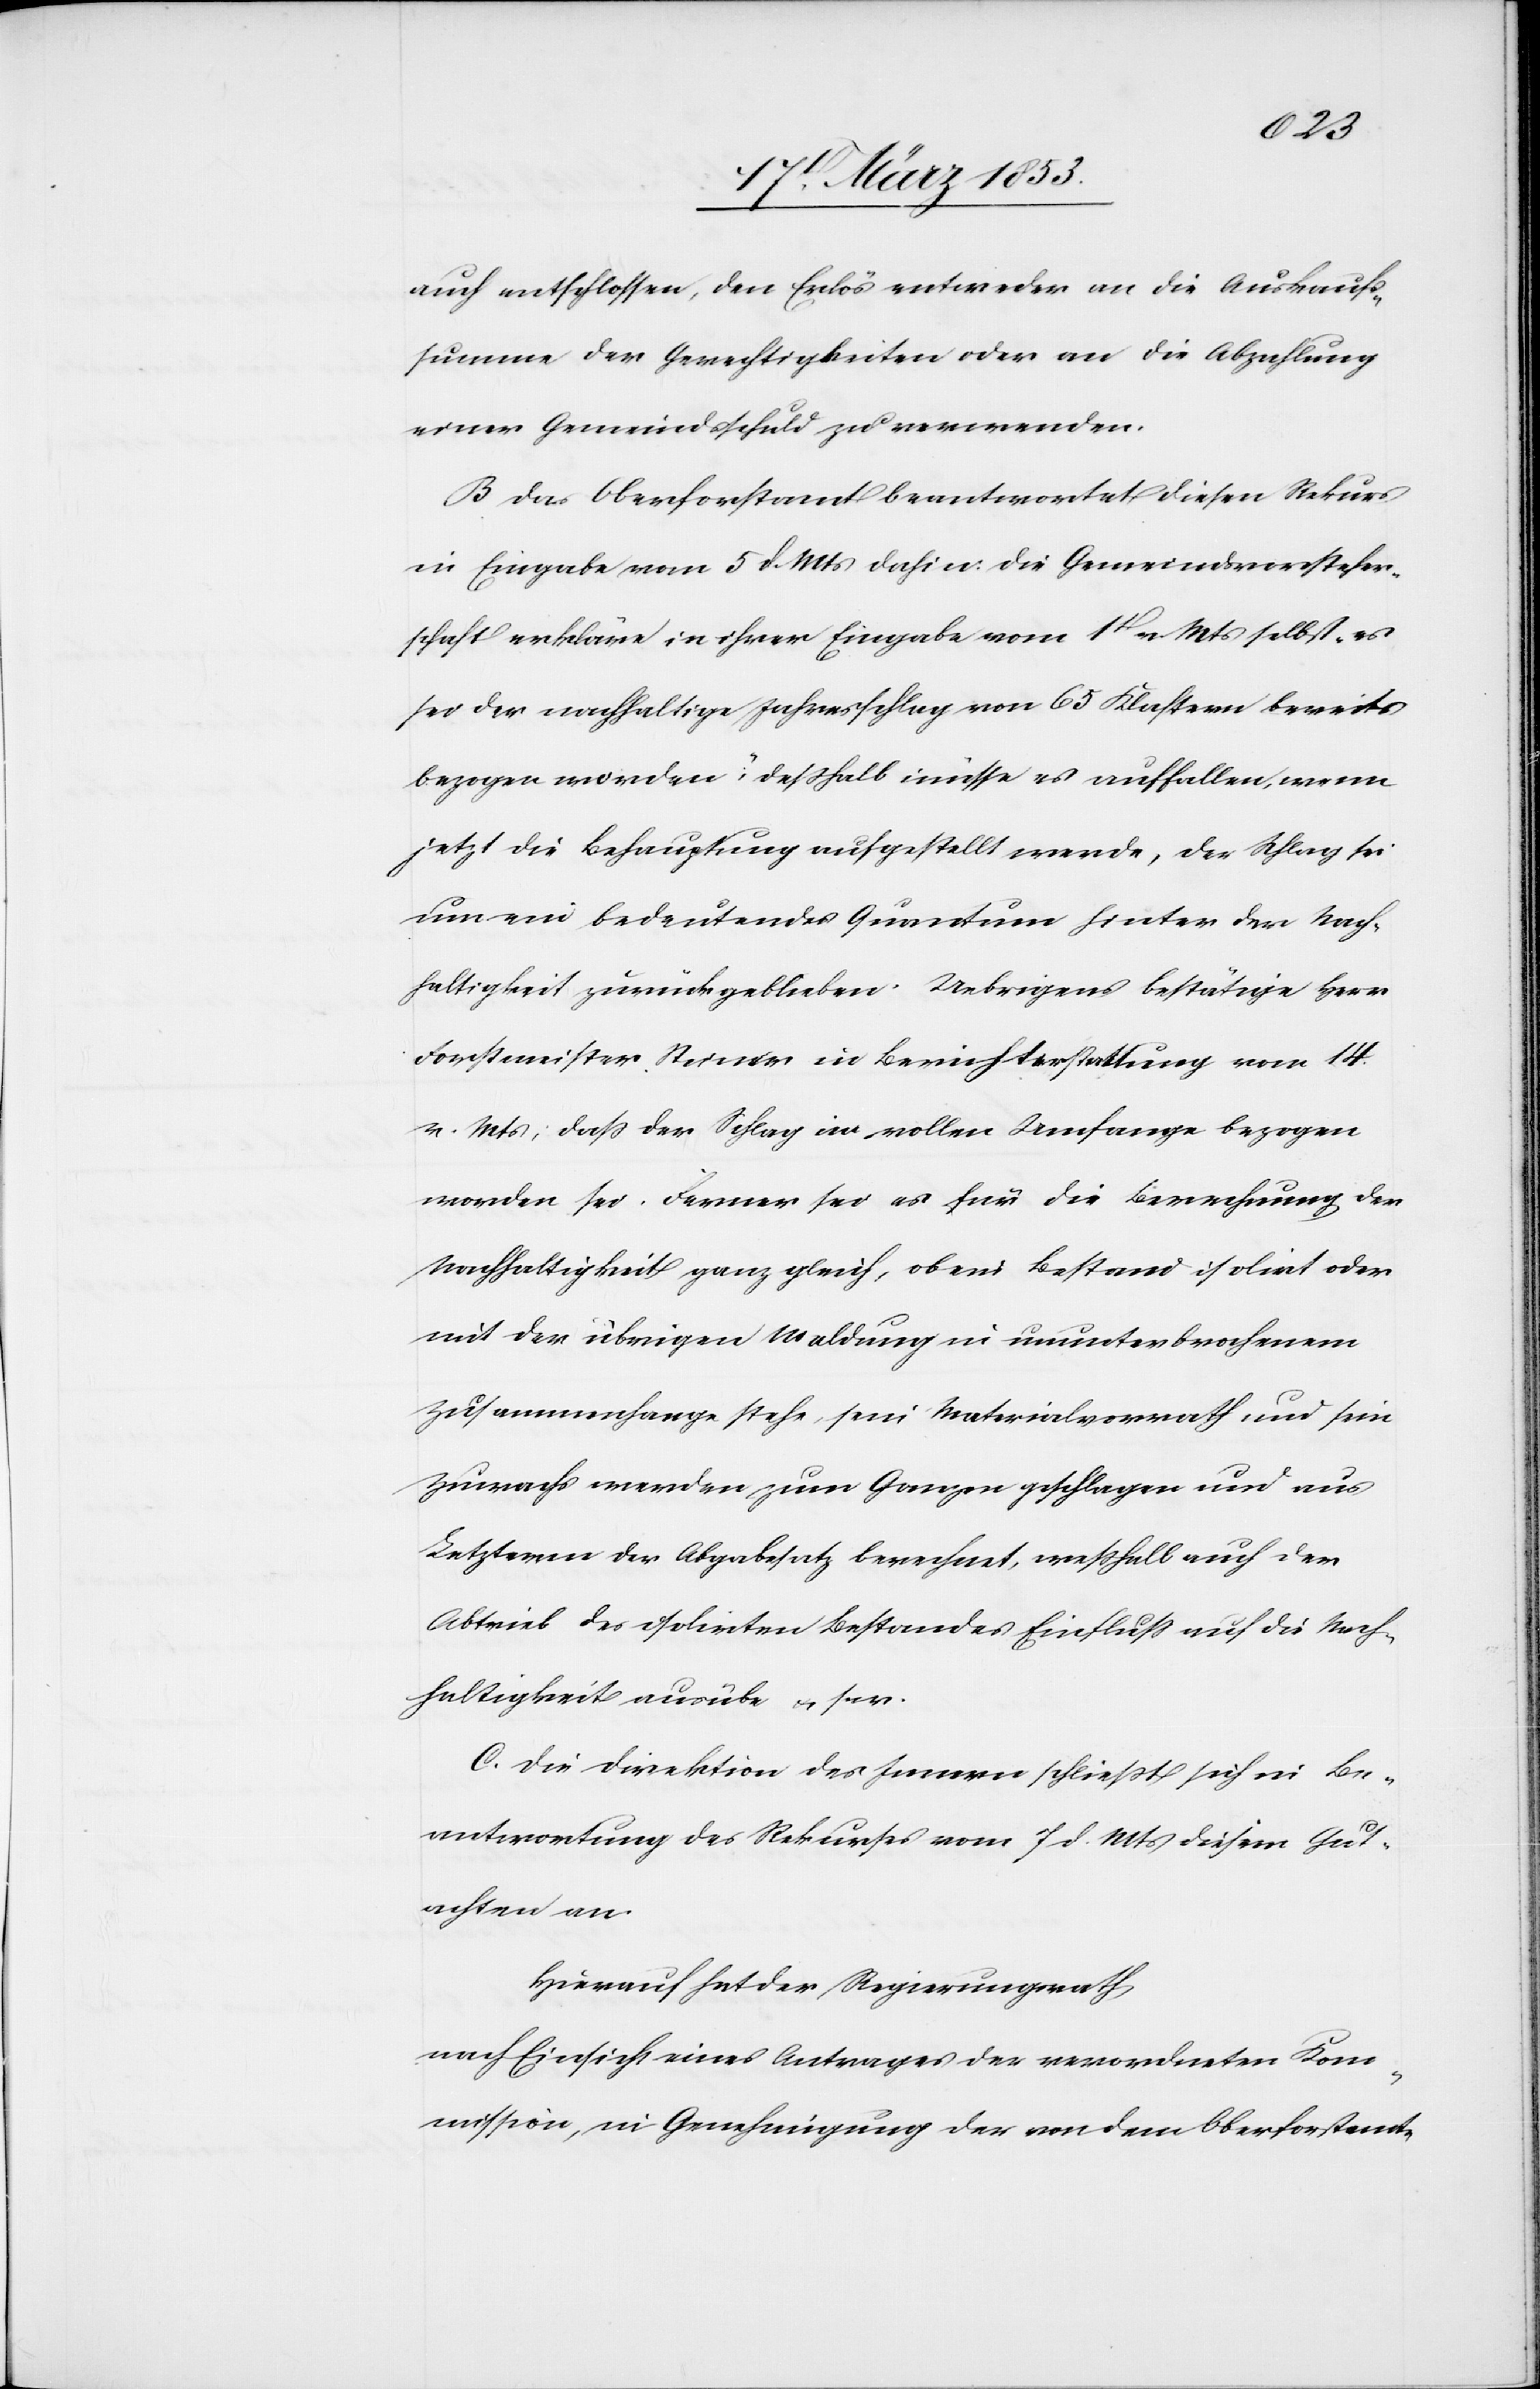
mission,
auch entschlossen, den Erlös entweder an die Auskaufs¬
summe der Gerechtigkeiten oder an die Abzahlung
einer Gemeindsschuld zu verwenden.
Das Oberforstamt beantwortet diesen Rekurs
in Eingabe vom 5 d. Mts. dahin: Die Gemeindsvorsteher¬
schaft erkläre in ihrer Eingabe vom 1t. v. Mts. selbst „es
sei der nachhaltige Jahresschlag von 65 Klastern bereits
bezogen worden“, deßhalb müsse es auffallen, wenn
jetzt die Behauptung aufgestellt werde, der Schlag sei
um ein bedeutendes Quantum hinter der Nach¬
haltigkeit zurückgeblieben. Uebrigens bestätige Herr
Forstmeister Steiner in Berichterstattung vom 14
v. Mts. daß der Schlag in vollem Umfange bezogen
worden sei. Ferner sei es für die Berechnung der
Nachhaltigkeit ganz gleich, ob ein Bestand isolirt oder
mit der übrigen Waldung in ununterbrochenem
Zusammenhange stehe, sein Materialvorrath und sein
Zuwachs werden zum Ganzen geschlagen und aus
Letzterm der Abgabesatz berechnet, weßhalb auch der
Abtrieb des isolirten Bestandes Einfluß auf die Nach¬
haltigkeit ausübe u. s. w.
Die Direktion des Innern schließt sich in Be¬
antwortung des Rekurses vom 7 d. Mts. diesem Gut¬
achten an.
Hierauf hat der Regierungsrath,
nach Einsicht eines Antrages der verordneten Kom¬